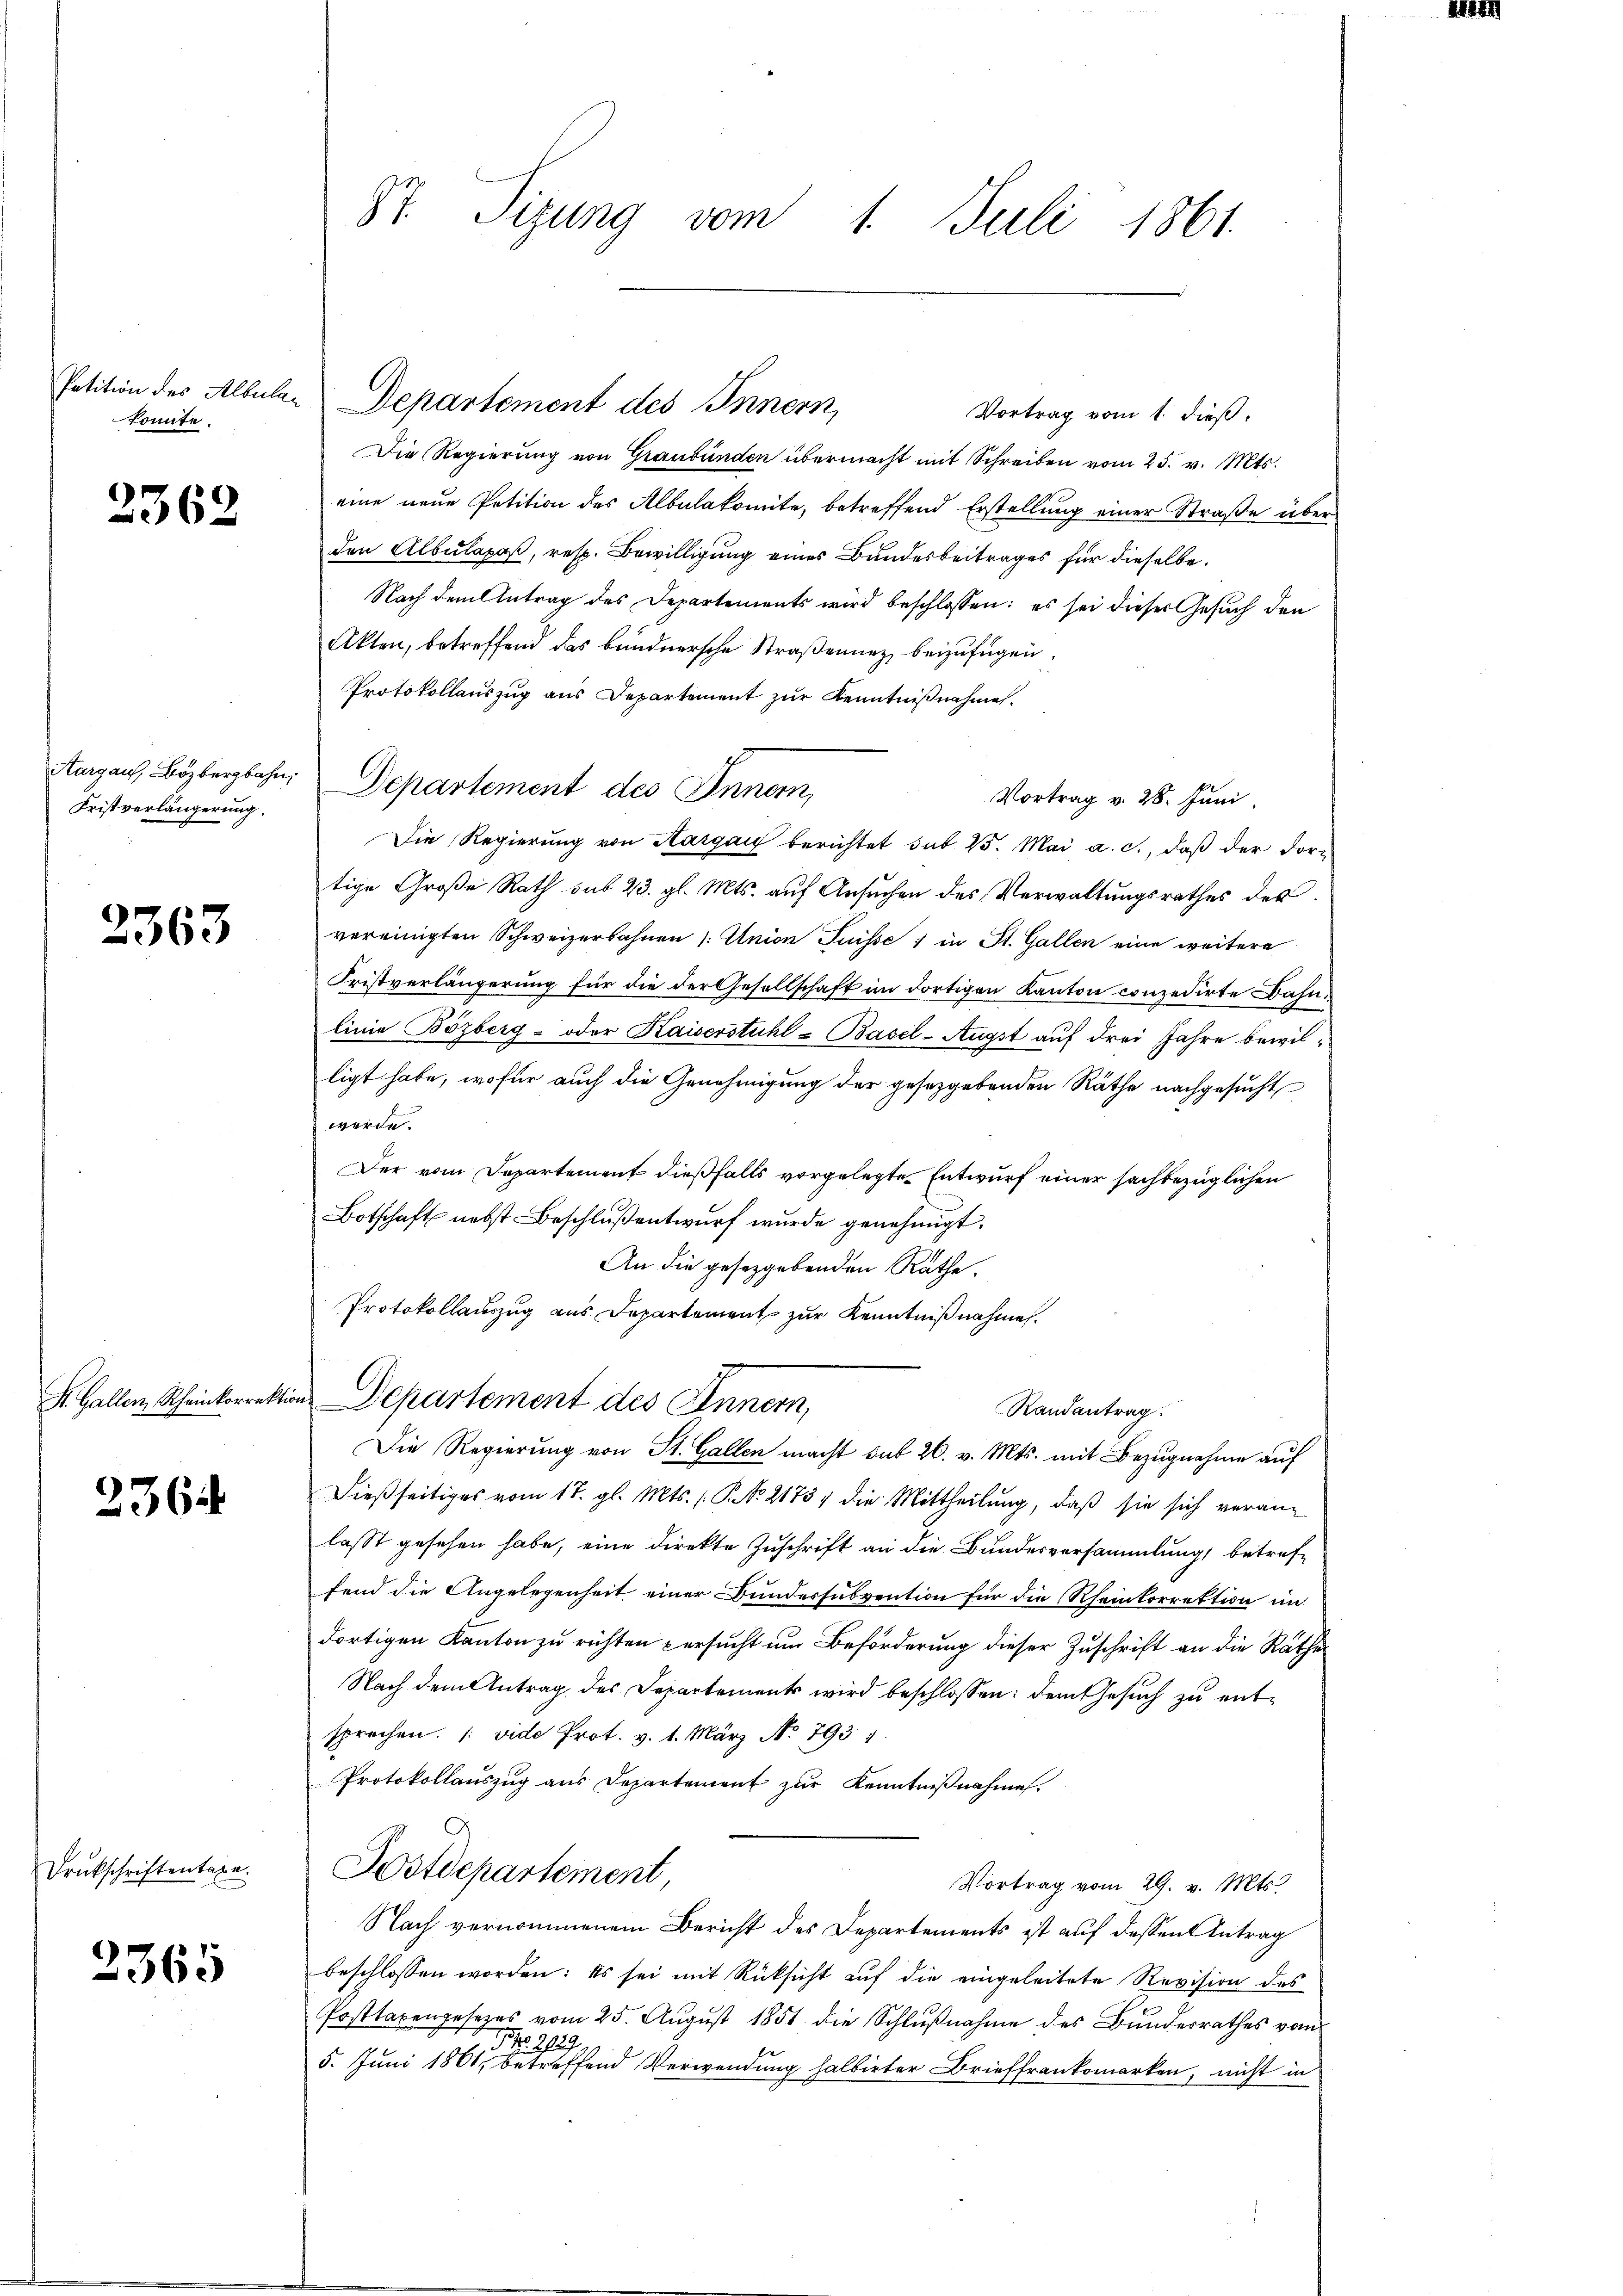
konnte.

2362

Aargau, Bözbergbahn,
Fristverlängerung.

2363

F. Gallen Rheinkorrekti

236

Drukschriftentaxe.

2365

St. Sizung vom 1. Juli 1861.

Vortrag vom 1. dieß.
Die Regierung von Graubünden übermacht mit Schreiben vom 25. v. Mts.
eine neue Petition des Albulakomite, betreffend Erstellung einer Straße über
den Albulapaβ, resp. Bewilligung eines Bundesbeitrages für dieselbe.
Nach dem Antrag des Departements wird beschlossen: es sei dieses Gesuch den
Akten, betreffend das bündnersche Straßenunz, beizufügen.
Protokollauszug aus Departement zur Kenntnißnahme.
Departement des Innern,
Vortrag v. 28. Juni
Die Regierung von Aargau berichtet sub 15. Mai a. c., daß der dortige Große Rath sub 23. gl. Mts. auf Ansuchen des Verwaltungsrathes des
vereinigten Schweizerbahnen 1: Union Suisse 1 in St. Gallen eine weitere
Fristverlängerung für die der Gesellschaft im dortigen Kanton conzedirte Bahnlinie Bözberg- oder Kaiserstuhl-Basel-Augst auf drei Jahre bewilligt habe, wofür auch die Genehmigung der gesetzgebenden Räthe nachgesucht
werde.
Der vom Departement dießfalls vorgelegte Entwurf einer sachbezüglichen
Botschaft nebst Beschluß entwurf wurde genehmigt.
An die gesetzgebenden Räthe.
Protokollauszug aus Departement zur Kenntnißnahmen.
in Departement des Innern,
Randantrag.
Die Regierung von St. Gallen macht sub 26. v. Mts. mit Bezugnahme auf
Dießseitiges vom 17. gl. Mts. (: P. Nr. 2173, die Mittheilung, daß sie sich veranlasst gesehen habe, eine direkte Zuschrift an die Bundesversammlung, betreffend die Angelegenheit einer Bundessubvention für die Rheinkorrektion im
dortigen Kanton zu richten persucht um Beförderung dieser Zuschrift an die Rathe
Nach dem Antrag des Departements wird beschlossen: dem Gesuch zu entsprechen. (vide Prot. v. 1. März No. 793 1
Protokollauszug aus Departement zur Kenntnißnahme.
Dostdepartement
Vortrag vom 29. v. Mts.
Nach vernommenem Bericht des Departements ist auf dessen Antrag
beschlossen worden: Es sei mit Rücksicht auf die eingeleitete Revision des
Posttaxengesezes vom 25. August 1851 die Schlußnahme des Bundesrathes vom
NNo. 2129.
5. Juni 1861, betreffend Verwendung halbirter Brieffrankomerken, nicht in

Petition des Albular Departement des Innern,